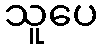
သူပေ